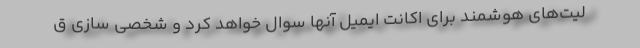
لیت‌های هوشمند برای اکانت ایمیل آنها سوال خواهد کرد و شخصی سازی ق